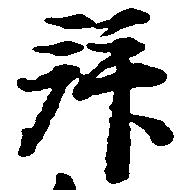
拝